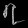
Digit: ၇